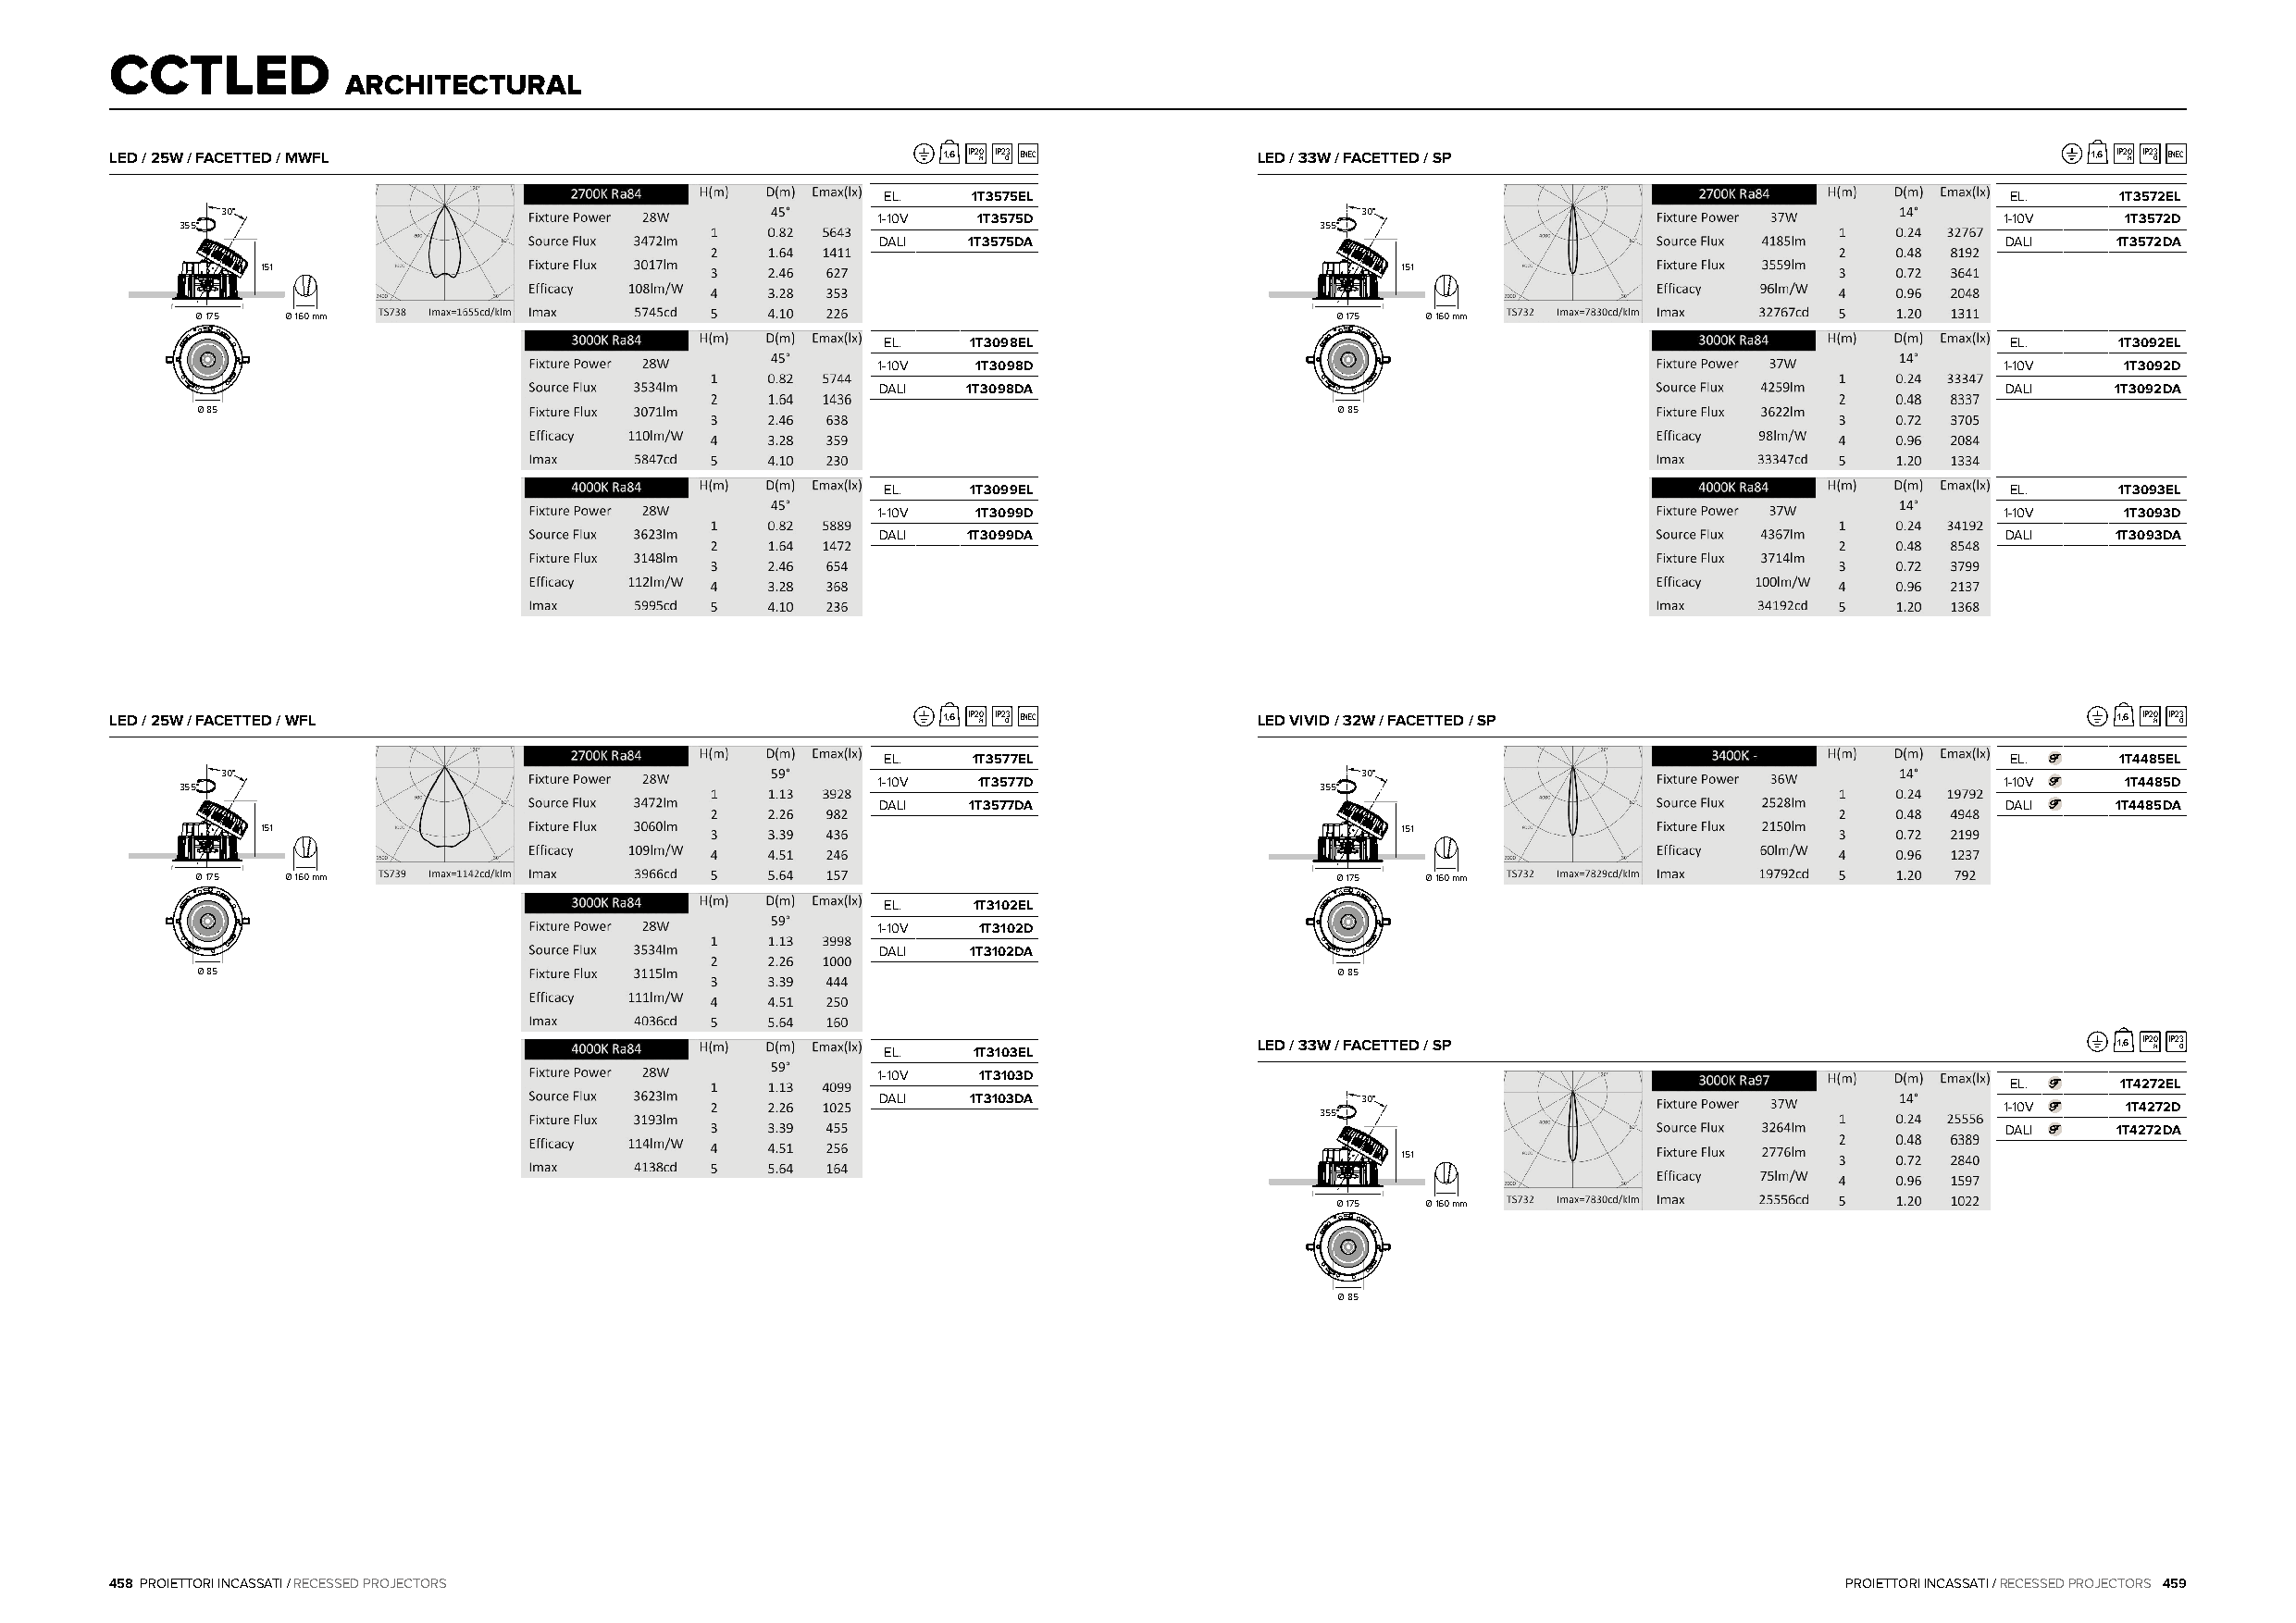
CCTLED
 ARCHITECTURAL
 LED / 25W / FACETTED / MWFL                                1,6 IP20 H IP2 O3 ENEC LED / 33W / FACETTED / SP                                   1,6 IP20 H IP2 O3 ENEC
 EL.   1T3575EL                                                                   EL.     1T3572EL
 30°                                                                              30°
 1-10V  1T3575D                                                                  1-10V    1T3572D
 355°                                                                             355°
 DALI  1T3575DA                                                                  DALI    1T3572DA
 151                                                                              151
 Ø 175 Ø 160 mm                                                                    Ø 175 Ø 160 mm
 EL.   1T3098EL                                                                   EL.     1T3092EL
 1-10V  1T3098D                                                                  1-10V    1T3092D
 DALI  1T3098DA                                                                  DALI    1T3092DA
 Ø 85                                                                              Ø 85
 EL.   1T3099EL                                                                   EL.     1T3093EL
 1-10V  1T3099D                                                                  1-10V    1T3093D
 DALI  1T3099DA                                                                  DALI    1T3093DA
 LED / 25W / FACETTED / WFL                                 1,6 IP20 H IP2 O3 ENEC LED VIVID / 32W / FACETTED / SP                              1,6 IP20 H IP2 O3
 EL.    1T3577EL                                                                  EL.     1T4485EL
 30°                                                                              30°
 1-10V  1T3577D                                                                  1-10V    1T4485D
 355°                                                                             355°
 DALI  1T3577DA                                                                  DALI    1T4485DA
 151                                                                              151
 Ø 175 Ø 160 mm                                                                    Ø 175 Ø 160 mm
 EL.    1T3102EL
 1-10V  1T3102D
 DALI  1T3102DA
 Ø 85                                                                              Ø 85
 EL.    1T3103EL            LED / 33W / FACETTED / SP                                    1,6 IP20 H IP2 O3
 1-10V  1T3103D
 EL.     1T4272EL
 DALI  1T3103DA                    30°
 1-10V    1T4272D
 355°
 DALI    1T4272DA
 151
 Ø 175 Ø 160 mm
 Ø 85
 458 PROIETTORI INCASSATI / RECESSED PROJECTORS                                                                              PROIETTORI INCASSATI / RECESSED PROJECTORS 459